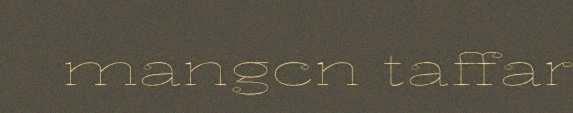
mangcn taffar